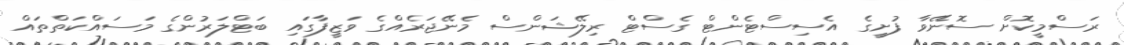
ރަސްމީކޮށް ސޮނޭވާ ފުށީގެ އެސިސްޓެންޓް ގެސްޓް ރިލޭޝަންސް މެނޭޖަރެއްގެ ވަޒީފާގައި ބަޓްލަރުންގެ މަސައްކަތްތައް